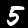
Label: 5